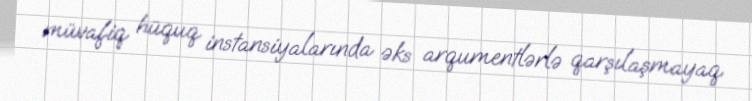
müvafiq hüquq instansiyalarında əks arqumentlərlə qarşılaşmayaq.